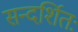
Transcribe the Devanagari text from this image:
सन्दर्शितः